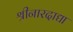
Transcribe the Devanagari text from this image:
श्रीनारदाद्या